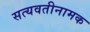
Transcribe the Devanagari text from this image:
सत्यवतीनामक